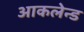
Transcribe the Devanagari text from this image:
आकलेन्ड